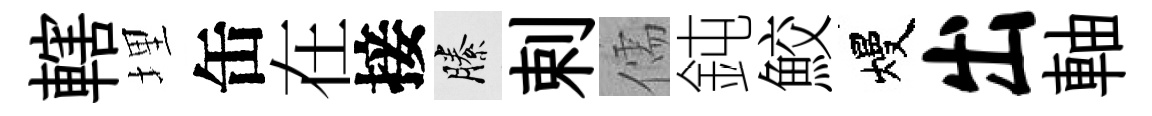
轄埋缶在接縢剌儒鈍鮫熳出軸